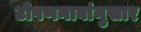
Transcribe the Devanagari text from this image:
टोपणनावांनुसार